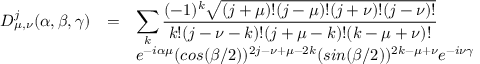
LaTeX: \begin{array} { r c l } { { D _ { \mu , \nu } ^ { j } ( \alpha , \beta , \gamma ) } } & { { = } } & { { \displaystyle \sum _ { k } \frac { ( - 1 ) ^ { k } \sqrt { ( j + \mu ) ! ( j - \mu ) ! ( j + \nu ) ! ( j - \nu ) ! } } { k ! ( j - \nu - k ) ! ( j + \mu - k ) ! ( k - \mu + \nu ) ! } \nonumber } } \\ { { } } & { { } } & { { \displaystyle e ^ { - i \alpha \mu } ( c o s ( \beta / 2 ) ) ^ { 2 j - \nu + \mu - 2 k } ( s i n ( \beta / 2 ) ) ^ { 2 k - \mu + \nu } e ^ { - i \nu \gamma } } } \end{array}